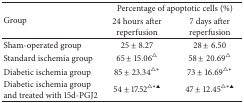
<table><thead><tr><td rowspan="2"><b>Group</b></td><td colspan="2"><b>Percentage of apoptotic cells (%)</b></td></tr><tr><td><b>24 hours after reperfusion</b></td><td><b>7 days after reperfusion</b></td></tr></thead><tbody><tr><td>Sham-operated group</td><td>25 ± 8.27</td><td>28 ± 6.50</td></tr><tr><td>Standard ischemia group</td><td>65 ± 15.06<sup>△</sup></td><td>58 ± 20.69<sup>△</sup></td></tr><tr><td>Diabetic ischemia group</td><td>85 ± 23.34<sup>△<i>∗</i></sup></td><td>73 ± 16.69<sup>△<i>∗</i></sup></td></tr><tr><td>Diabetic ischemia group and treated with 15d-PGJ2</td><td>54 ± 17.52<sup>△<i>∗</i>▲</sup></td><td>47 ± 12.45<sup>△<i>∗</i>▲</sup></td></tr></tbody></table>